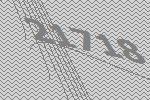
21718